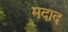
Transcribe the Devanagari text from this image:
मदाद